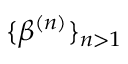
\{ \beta ^ { ( n ) } \} _ { n > 1 }